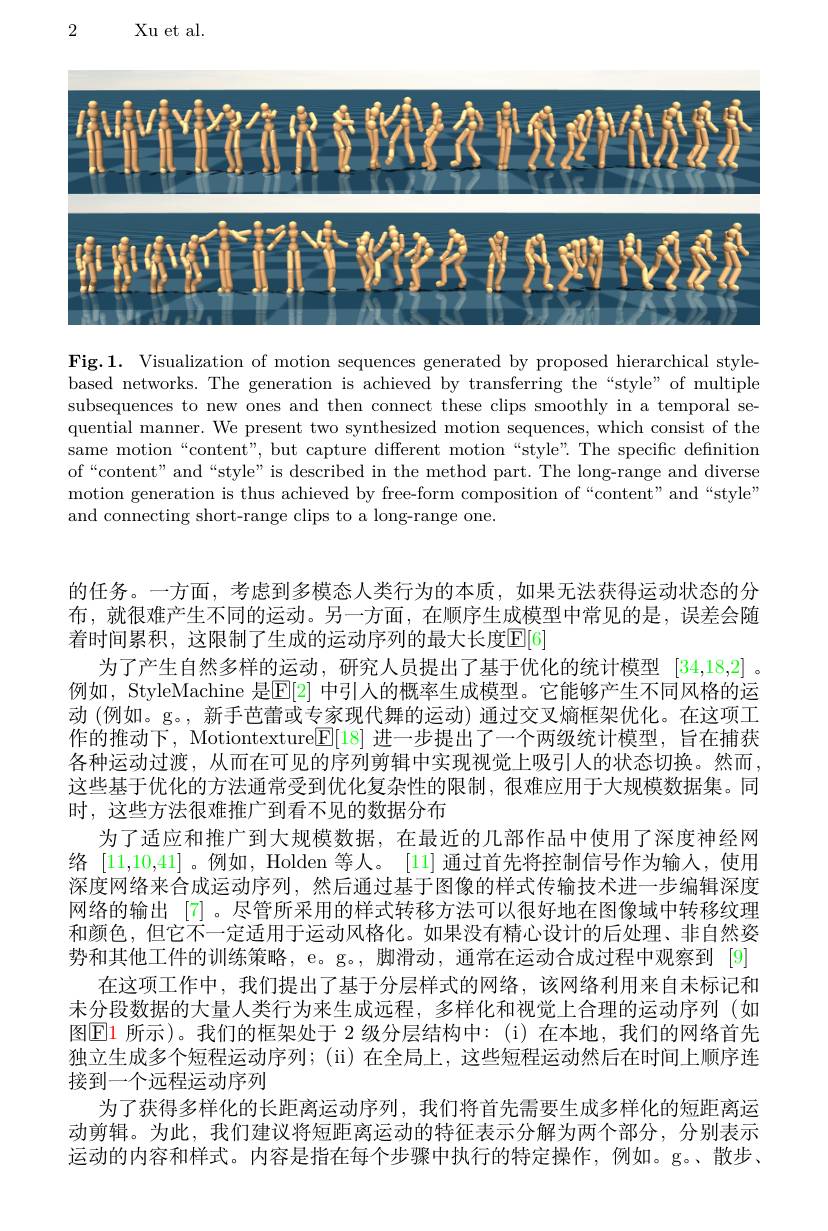
2

Xu et al.

<FigureHere>

Fig.1. Visualization of motion sequences generated by proposed hierarchical stylebased networks. The generation is achieved by transferring the “style”of multiple subsequences to new ones and then connect these clips smoothly in a temporal sequential manner. We present two synthesized motion sequences, which consist of the same motion“content", but capture different motion“style”. The specific definition of“content”and“style”is described in the method part. The long-range and diverse motion generation is thus achieved by free-form composition of “content" and “style” and connecting short-range clips to a long-range one.

的任务。一方面，考虑到多模态人类行为的本质，如果无法获得运动状态的分布，就很难产生不同的运动。另一方面，在顺序生成模型中常见的是，误差会随着时间累积，这限制了生成的运动序列的最大长度E[6]
为了产生自然多样的运动，研究人员提出了基于优化的统计模型[34,18,2] 。例如，StyleMachine 是$\mathbb{E}[2]$ 中引人的概率生成模型。它能够产生不同风格的运动 (例如。g。, 新手芭蕾或专家现代舞的运动) 通过交叉熵框架优化。在这项工作的推动下，Motiontexture$[\mathbb{E}|18]$进一步提出了一个两级统计模型，旨在捕获各种运动过渡，从而在可见的序列剪辑中实现视觉上吸引人的状态切换。然而， 这些基于优化的方法通常受到优化复杂性的限制，很难应用于大规模数据集。同时，这些方法很难推广到看不见的数据分布
为了适应和推广到大规模数据，在最近的几部作品中使用了深度神经网络[11,10,41]。例如，Holden 等人。[11]通过首先将控制信号作为输入，使用深度网络来合成运动序列，然后通过基于图像的样式传输技术进一步编辑深度网络的输出[7]。尽管所采用的样式转移方法可以很好地在图像域中转移纹理和颜色，但它不一定适用于运动风格化。如果没有精心设计的后处理、非自然姿势和其他工件的训练策略，e。g。, 脚滑动，通常在运动合成过程中观察到 [9]
在这项工作中，我们提出了基于分层样式的网络，该网络利用来自未标记和末分段数据的大量人类行为来生成远程，多样化和视觉上合理的运动序列(如图$\boxed{\mathrm{E}}1$ 所示)。我们的框架处于 2 级分层结构中：(i)在本地，我们的网络首先独立生成多个短程运动序列；($\" ii)在全局上，这些短程运动然后在时间上顺序连$ 接到一个远程运动序列
为了获得多样化的长距离运动序列，我们将首先需要生成多样化的短距离运动剪辑。为此，我们建议将短距离运动的特征表示分解为两个部分，分别表示运动的内容和样式。内容是指在每个步骤中执行的特定操作，例如。g。、散步、